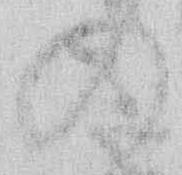
の